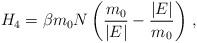
LaTeX: \begin{align*}H_4=\beta m_0N\left(\frac{m_0}{\vert E\vert}-\frac{\vert E\vert}{ m_0}\right)\,,\end{align*}